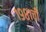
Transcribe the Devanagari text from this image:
१९८१ची